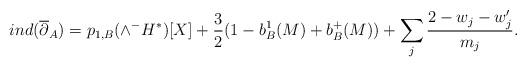
LaTeX: \begin{align*}ind(\overline{\partial}_A) = p_{1,B}( \wedge^- H^* )[X] + \frac{3}{2}( 1 - b^1_B(M) + b^+_B(M) ) + \sum_j \frac{2 - w_j - w'_j}{m_j}.\end{align*}